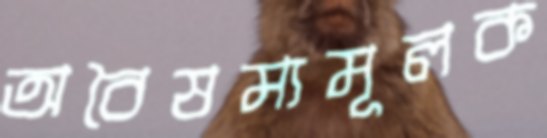
অবৈষম্যমূলক